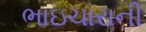
ભાઇચારાની